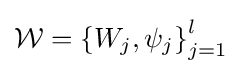
{\mathcal {W}}=\left\{W_{j},\psi _{j}\right\}_{j=1}^{l}